King Institute of Preventive Medicine Micro-Biological Section reports 1909-11
Year: 1909
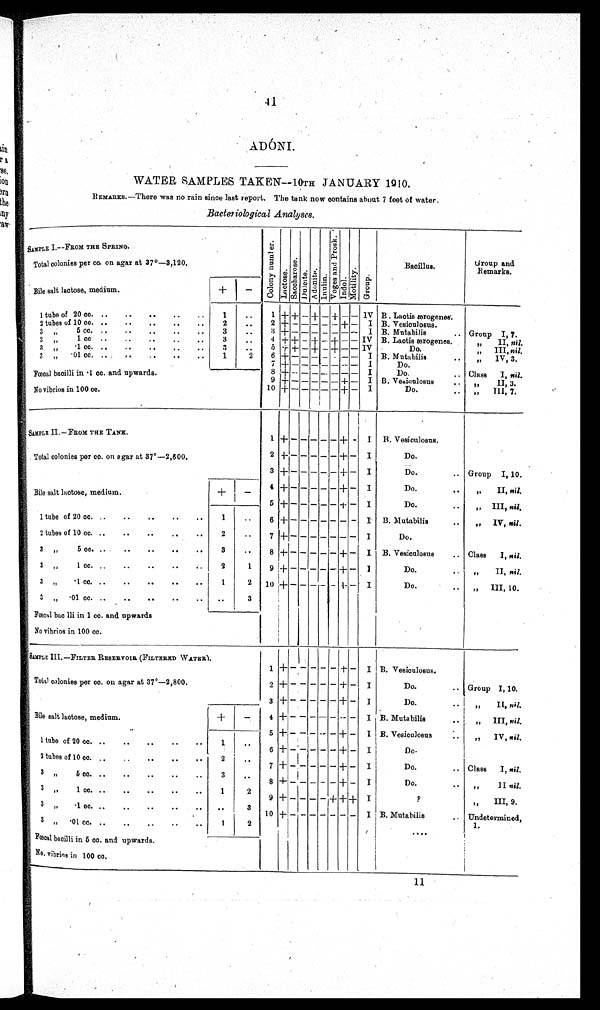
41
ADÓNI
WATER SAMPLES TAKEN—10TH JANUARY 1910.
REMARKS.—There was no rain since last report. The tank now contains about 7 feet of water.
Bacteriological Analyses.
SAMPLE I—FROM THE SPRING.
Colony nuber.Lactose.Sa c c ha r os e .Dalcite.Adoni t e.Inulin. V o g e s a n d P r o s k . Indol.Mot i l i t y.Group
Bacillus
Group and
Remarks.
Total colonies per cc. on agar at 37°—3,120.
Bile salt lactose, medium.
+
-
1 tube 20 cc.
1 of
1
1
+ - - - - - + - IV B B. Lactis ærogenes.
2 tubes of 10 cc.
2
2 + - - - - - + -
I B. Vesiculosus.
3 „ 5 cc.
3
3 + - - - - - + -
I B. Mutabilis
Group I, 7.
3 „ 1 cc.
3
4 + - - - - - - - IV B. Lactis ærogenes.
„ II, nil.
3 „ · 1 c c .
3
5 + - - - - - + - IV
Do.
„ III, nil.
3 „ · 0 1 c c .
1
2
6 + - - - - - + -
I B. Mutabilis
„ IV, 3.
Fœc a l b a c i l l i i n · 1 c c a n d u p wa r d s c c
7 + - - - - - + -
I
Do.
8 + - - - - + + -
I
Do.
Class I, nil.
9 + -
-
- -
-
+ -
I B. Vesiculosus
„ II, 3.
No vibrios in 100 cc.
10
+
- -
-
- - - -
I
Do.
,, III, 7.
SAMPLE I—FBOM THE TANS.
1
+
- - - - -
+ -
I B. Vesiculosus.
2
+ - - - - - + -
I
Do.
Total colonies per cc. on agar at 37°—2,600.
3 + - - - - - + -
I
Do.
Group I, 10.
4 + - - - - - + -
I
Do.
,, II, nil.
Bile salt lactose, medium.
+
-
5 + - - - - - + -
I
Do.
„ III, toil.
1 tube of 20 cc.
1
6 + - - - - - - -
I B. Mutabilis
,, IV, nil.
2 tubes of 10 cc.
2
7 + - - - - - - -
I
Do.
3 „ 5 cc.
3
8 + - - - - - + -
I B. Vesiculosus
Class I, nil.
3 „ 1 cc. ,,
2
1
9 + - - - - - + -
I
Do.
„ II, nil.
3 „ ·1 cc.
1
2
10 + - - - - - + -
I
Do.
„ III, 10.
3 „ ·01 cc
3
F œ c a l b a c l l i i n 1 c c . a n d u p w a r d s
No vibrios in 100 cc.
SMPLE III.—FILTER RESERVOIR (FILTERED WATER).
1 +
- - - - - +
-
I B. Vesiculosus.
Total colonies per co. on agar at 37°—2,800.
2 + - - - - - + -
I
Do.
Group I, 10.
3
+ - - - - - + -
I
Do.
,, II, nil
Bile salt lactose, medium.
+
-
4+ - - - - - - -
I B. Mutabilis
„ III, nil.
1 tube of 20 cc.
1
5 + -
- -
-
- + -
I B. Vesiculosus
„ IV, nil.
2 tubes of 10 cc.
2
6 + - - - - - + -
I
Do
3 „ 5 cc.
3
7
+ - - - - - + -
I
Do.
Class I, nil.
3 „ 1 cc.
1
2
8
+ - - - - - + -
I
Do.
,, II nil.
3 „ ·1 cc.
3
9
+ - - - - - + +
I
?
„ III, 9.
3 „ · 0 1 c c
1
2
10 + - - - - - - -
I
B. Mutabilis.
Undetermined,
Fœcal bacilli in 5 cc. and. upwards.
1.
No vibrios in 100 cc
11